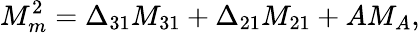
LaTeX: M_{m}^{2}=\Delta_{31}M_{31}+\Delta_{21}M_{21}+AM_{A},